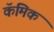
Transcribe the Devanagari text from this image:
कॅमिक